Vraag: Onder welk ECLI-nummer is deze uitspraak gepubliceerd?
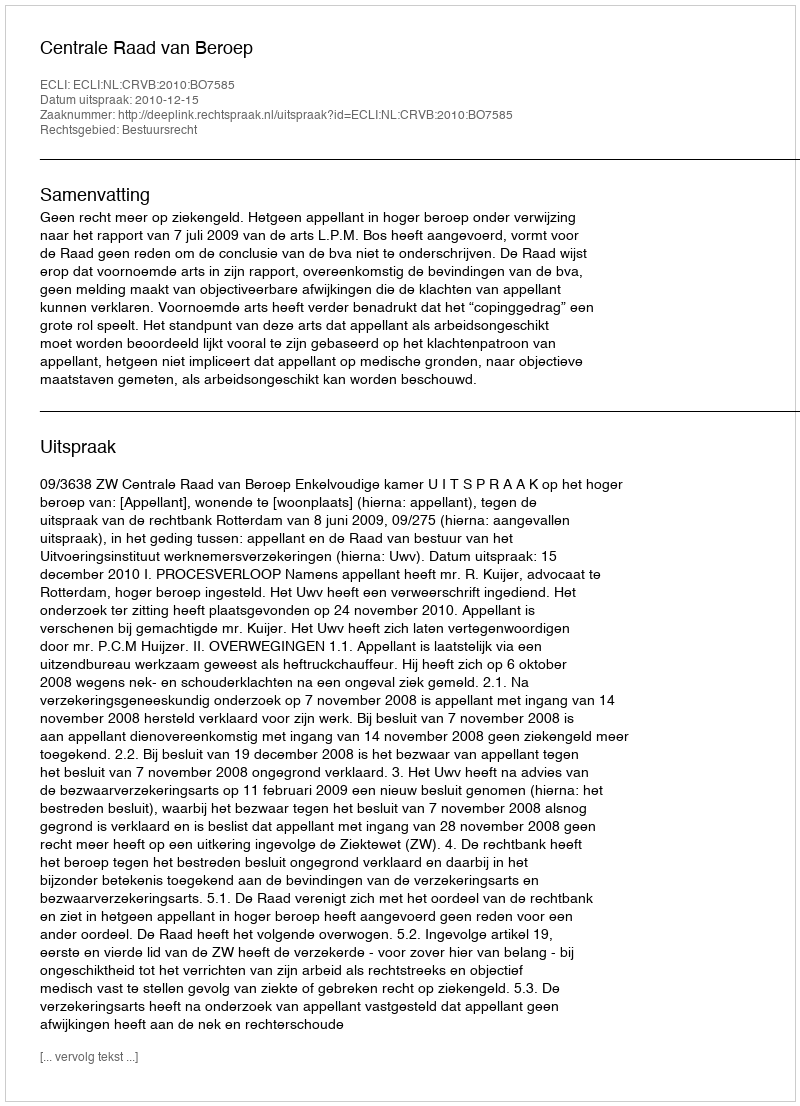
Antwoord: ECLI:NL:CRVB:2010:BO7585